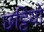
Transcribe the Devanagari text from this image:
छट्टियों